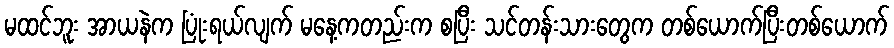
မထင်ဘူး အာယနဲက ပြုံးရယ်လျက် မနေ့ကတည်းက စပြီး သင်တန်းသားတွေက တစ်ယောက်ပြီးတစ်ယောက်